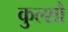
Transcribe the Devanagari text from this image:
कुल्शौ